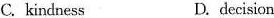
C. kindness D. decision